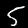
Digit: 5